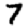
Digit: 7